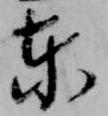
東